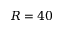
R = 4 0